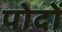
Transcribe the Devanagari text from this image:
पोदों